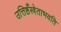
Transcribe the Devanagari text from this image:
उत्तिष्ठँस्त्रेताभवति